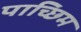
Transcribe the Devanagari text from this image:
पाच्छिम